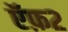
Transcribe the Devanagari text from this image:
ऍफ़२